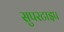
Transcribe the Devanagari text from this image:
सुपरटाइप